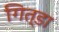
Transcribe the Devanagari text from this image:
गित्डा